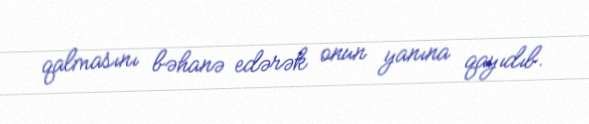
qalmasını bəhanə edərək onun yanına qayıdıb.